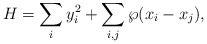
\begin{align*}H=\sum_i y^2_i + \sum_{i,j} \wp(x_{i}-x_{j}), \end{align*}